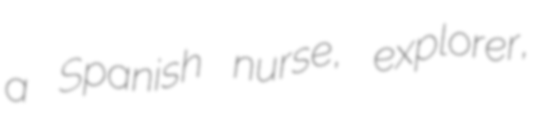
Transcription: a Spanish nurse, explorer,